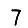
Digit: 7